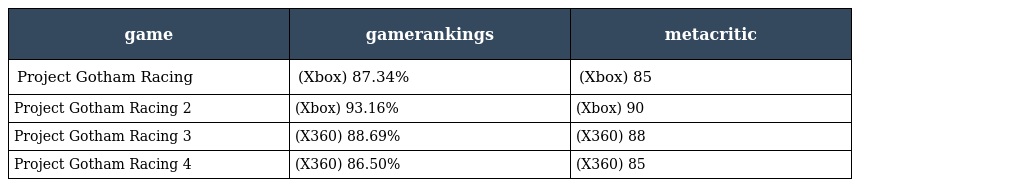
| game | gamerankings | metacritic |
 | --- | --- | --- |
 | Project Gotham Racing | (Xbox) 87.34% | (Xbox) 85 |
 | Project Gotham Racing 2 | (Xbox) 93.16% | (Xbox) 90 |
 | Project Gotham Racing 3 | (X360) 88.69% | (X360) 88 |
 | Project Gotham Racing 4 | (X360) 86.50% | (X360) 85 |